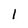
Character: 1